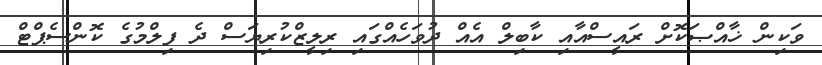
ވަކިން ޚާއްޞަކޮށް ރައީސްއާއި ކާބިލް އެއް ދުވަހެއްގައި ރިލީޒްކުރިޔަސް ދެ ފިލްމުގެ ކޮންސެޕްޓް